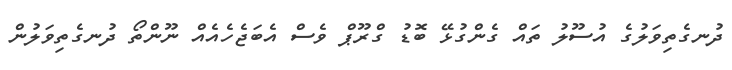
ދުނގެތިވަލުގެ އުސޫލު ތައް ގެންގުޅޭ ބޮޑު ގްރޫޕް ވެސް އެބަޖެހެއެއް ނޫންތޯ ދުނގެތިވަލުން